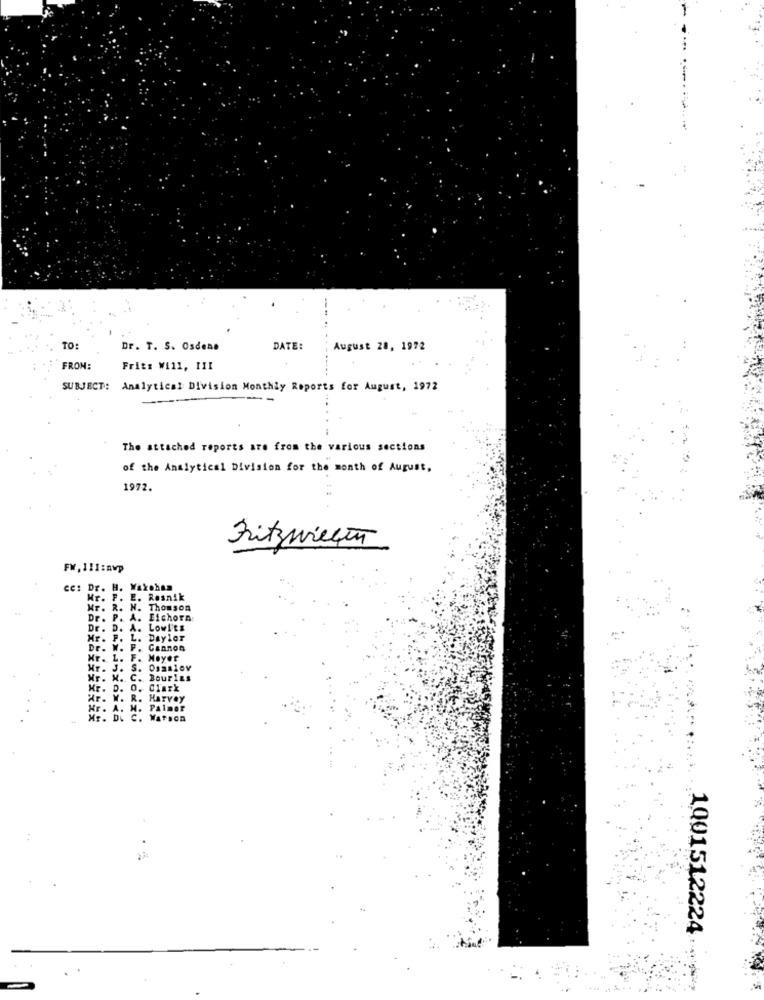
TO:
Dr. T. S. Osdene
DATE:
August 28, 1972
FROM:
Frits Will, III
SUBJECT: Analytical Division Monthly Reports for August, 1972
The attached reports are from the various sections
of the Analytical Division for the month of August,
1972.
Fritzwielen
FW, 111:AWp
ce: Dr. H. Makohan
Mr. F. E. Resnik
Mr. R. N. Thomson
Dr. P. A. Eichora
Dr. D. A. Lowi'ts
Hr. F. L. Dayler
Dr.
W. F. Cannon
L.
F. Meyer
Mr.
S
Mr. M.
C.
Bourins
0.
Clark
Harvey
Hr .
A.
Palmer
C. WATSON
1001512224